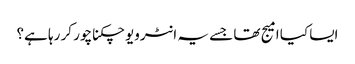
ایسا کیا امیج تھا جسے یہ انٹرویو چکناچور کر رہا ہے؟